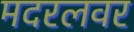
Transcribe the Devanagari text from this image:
मदरलवर